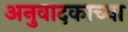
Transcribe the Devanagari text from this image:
अनुवादकाच्या